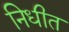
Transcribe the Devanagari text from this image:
निधीत